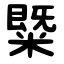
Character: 䊠